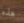
هذه